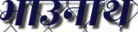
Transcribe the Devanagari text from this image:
भाउनाथ